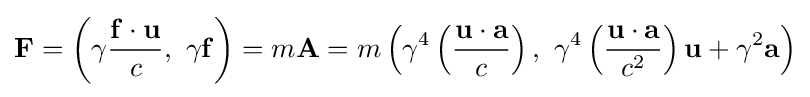
\mathbf {F} =\left(\gamma {\frac {\mathbf {f} \cdot \mathbf {u} }{c}},\ \gamma \mathbf {f} \right)=m\mathbf {A} =m\left(\gamma ^{4}\left({\frac {\mathbf {u} \cdot \mathbf {a} }{c}}\right),\ \gamma ^{4}\left({\frac {\mathbf {u} \cdot \mathbf {a} }{c^{2}}}\right)\mathbf {u} +\gamma ^{2}\mathbf {a} \right)